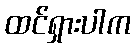
ထင်ရှားပါက